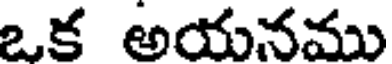
ఒక అయనము